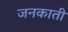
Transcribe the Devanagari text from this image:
जनकाती